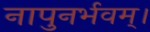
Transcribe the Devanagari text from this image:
नापुनर्भवम्।